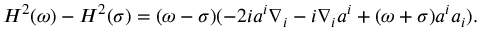
H ^ { 2 } ( \omega ) - H ^ { 2 } ( \sigma ) = ( \omega - \sigma ) ( - 2 i a ^ { i } \nabla _ { i } - i \nabla _ { i } a ^ { i } + ( \omega + \sigma ) a ^ { i } a _ { i } ) .